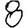
Digit: 8